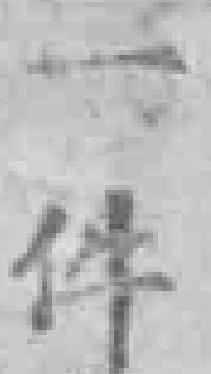
一件